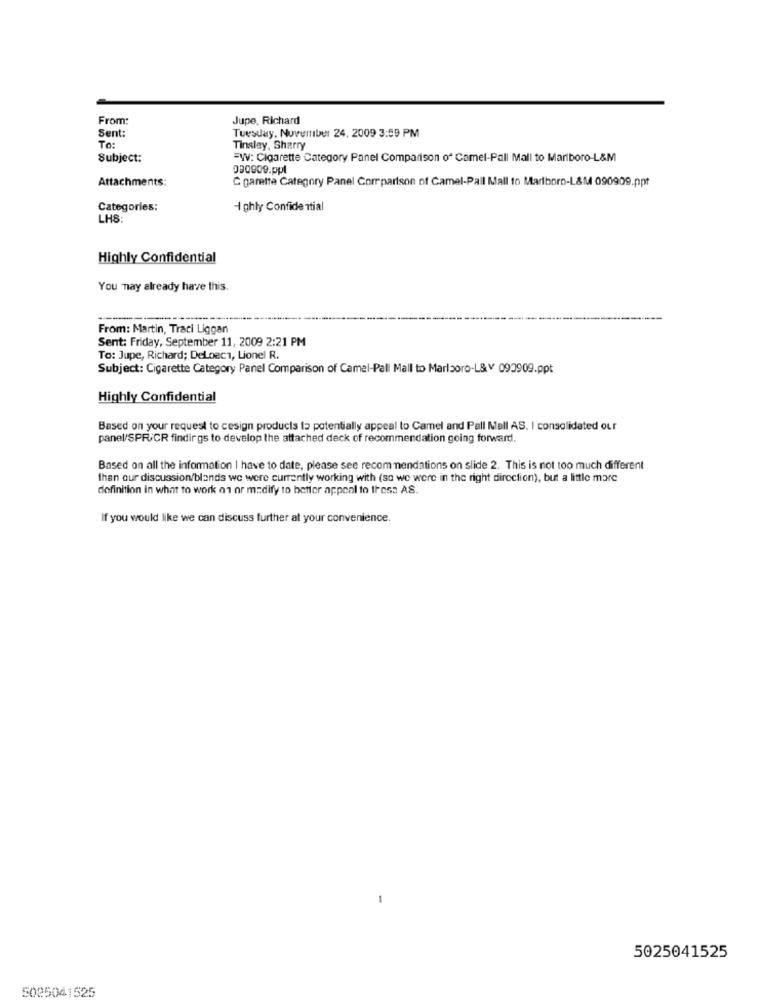
From:
Jupe, Richard
Sent:
Tuesday, November 24, 2009 3:59 PM
To:
Tinsley, Sherry
Subject:
=W: Cigarette Category Panel Comparison of Camel-Pall Mall to Marlboro-L&M
090909.ppl
Attachments:
C garetta Category Panel Comparison of Camel-Pall Mall to Marlboro-L&M 090909.ppt
Categories:
I ghly Confidential
LHS
Highly Confidential
You may already have this.
------
-------
-----
From: Martin, Traci Liggan
Sent: Friday, September 11, 2009 2:21 PM
To: Jupe, Richard; DeLoec1, Lionel R.
Subject: Cigarette Category Panel Comparison of Camel-Pall Mall to Marlboro-L& v 090909.ppt
Highly Confidential
Based on your request to cesign products la potentially appeal to Camel and Pall Mall AS. I consolidated our
panel/SPR/CR findings to develop the attached deck of recommendation going forward.
Based on all the information I have to date, please see recommendations on slide 2. This is not too much different
than our discussion/blands we were currently working with (so we were in the right direction), but a little mare
definition in what to work on or modify to better appeal to thess AS.
If you would like we can discuss further at your convenience.
-
5025041525
5025041525